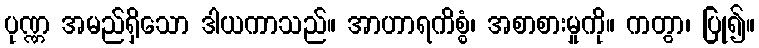
ပုဏ္ဏ အမည်ရှိသော ဒါယကာသည်။ အာဟာရကိစ္စံ၊ အစာစားမှုကို။ ကတွာ၊ ပြု၍။